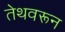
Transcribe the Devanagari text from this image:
तेथवरून